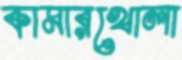
কামারখোলা